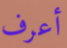
أعرف